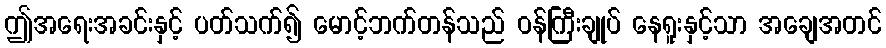
ဤအရေးအခင်းနှင့် ပတ်သက်၍ မောင့်ဘက်တန်သည် ဝန်ကြီးချုပ် နေရူးနှင့်သာ အချေအတင်